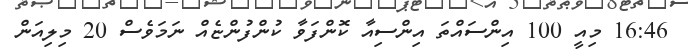
16:46 މިއީ 100 އިންސައްތަ އިންސިއާ ކޮންފަވާ ކުންފުންޏެއް ނަަމަވެސް 20 މިލިއަން